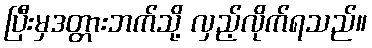
ပြီးမှဒတ္တားဘက်သို့ လှည့်လိုက်ရသည်။